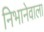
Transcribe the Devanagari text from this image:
निभानेवाला